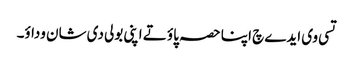
تسی وی ایدے چ اپنا حصہ پاؤ تے اپنی بولی دی شان وداؤ۔